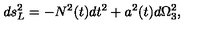
d s _ { L } ^ { 2 } = - N ^ { 2 } ( t ) d t ^ { 2 } + a ^ { 2 } ( t ) d \Omega _ { 3 } ^ { 2 } ,